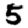
Digit: 5